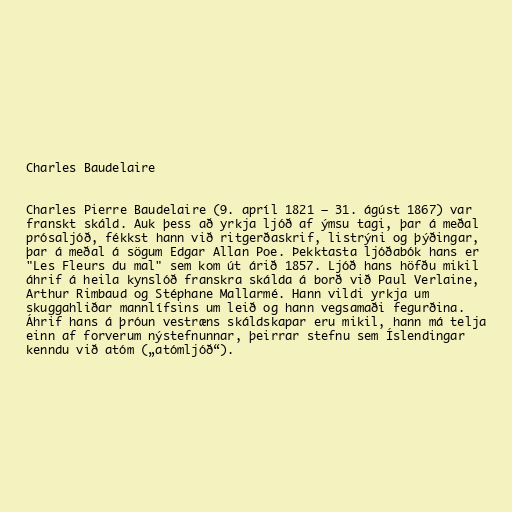
Charles Baudelaire

Charles Pierre Baudelaire (9. apríl 1821 – 31. ágúst 1867) var
franskt skáld. Auk þess að yrkja ljóð af ýmsu tagi, þar á meðal
prósaljóð, fékkst hann við ritgerðaskrif, listrýni og þýðingar,
þar á meðal á sögum Edgar Allan Poe. Þekktasta ljóðabók hans er
"Les Fleurs du mal" sem kom út árið 1857. Ljóð hans höfðu mikil
áhrif á heila kynslóð franskra skálda á borð við Paul Verlaine,
Arthur Rimbaud og Stéphane Mallarmé. Hann vildi yrkja um
skuggahliðar mannlífsins um leið og hann vegsamaði fegurðina.
Áhrif hans á þróun vestræns skáldskapar eru mikil, hann má telja
einn af forverum nýstefnunnar, þeirrar stefnu sem Íslendingar
kenndu við atóm („atómljóð“).